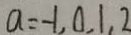
a = - 1 , 0 , 1 , 2